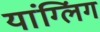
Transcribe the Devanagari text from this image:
यांग्लिंग